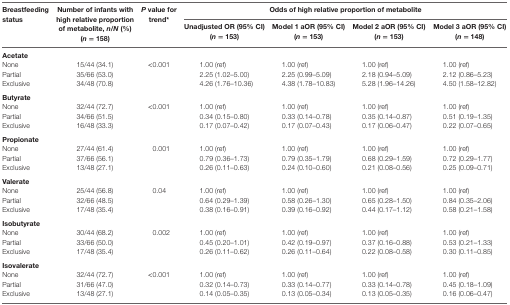
<table><thead><tr><td rowspan="2"><b>Breastfeeding status</b></td><td rowspan="2"><b>Number of infants with high relative proportion of metabolite, <i>n</i>/<i>N</i> (%) (<i>n</i> = 158)</b></td><td rowspan="2"><b><i>P</i> value for trend*</b></td><td colspan="4"><b>Odds of high relative proportion of metabolite</b></td></tr><tr><td><b>Unadjusted OR (95% CI) (<i>n</i> = 153)</b></td><td><b>Model 1 aOR (95% CI) (<i>n</i> = 153)</b></td><td><b>Model 2 aOR (95% CI) (<i>n</i> = 153)</b></td><td><b>Model 3 aOR (95% CI) (<i>n</i> = 148)</b></td></tr></thead><tbody><tr><td colspan="7"><b>Acetate</b></td></tr><tr><td>None</td><td>15/44 (34.1)</td><td>&lt;0.001</td><td>1.00 (ref)</td><td>1.00 (ref)</td><td>1.00 (ref)</td><td>1.00 (ref)</td></tr><tr><td>Partial</td><td>35/66 (53.0)</td><td></td><td>2.25 (1.02–5.00)</td><td>2.25 (0.99–5.09)</td><td>2.18 (0.94–5.09)</td><td>2.12 (0.86–5.23)</td></tr><tr><td>Exclusive</td><td>34/48 (70.8)</td><td></td><td>4.26 (1.76–10.36)</td><td>4.38 (1.78–10.83)</td><td>5.28 (1.96–14.26)</td><td>4.50 (1.58–12.82)</td></tr><tr><td colspan="7"><b>Butyrate</b></td></tr><tr><td>None</td><td>32/44 (72.7)</td><td>&lt;0.001</td><td>1.00 (ref)</td><td>1.00 (ref)</td><td>1.00 (ref)</td><td>1.00 (ref)</td></tr><tr><td>Partial</td><td>34/66 (51.5)</td><td></td><td>0.34 (0.15–0.80)</td><td>0.33 (0.14–0.78)</td><td>0.35 (0.14–0.87)</td><td>0.51 (0.19–1.35)</td></tr><tr><td>Exclusive</td><td>16/48 (33.3)</td><td></td><td>0.17 (0.07–0.42)</td><td>0.17 (0.07–0.43)</td><td>0.17 (0.06–0.47)</td><td>0.22 (0.07–0.65)</td></tr><tr><td colspan="7"><b>Propionate</b></td></tr><tr><td>None</td><td>27/44 (61.4)</td><td>0.001</td><td>1.00 (ref)</td><td>1.00 (ref)</td><td>1.00 (ref)</td><td>1.00 (ref)</td></tr><tr><td>Partial</td><td>37/66 (56.1)</td><td></td><td>0.79 (0.36–1.73)</td><td>0.79 (0.35–1.79)</td><td>0.68 (0.29–1.59)</td><td>0.72 (0.29–1.77)</td></tr><tr><td>Exclusive</td><td>13/48 (27.1)</td><td></td><td>0.26 (0.11–0.63)</td><td>0.24 (0.10–0.60)</td><td>0.21 (0.08–0.56)</td><td>0.25 (0.09–0.71)</td></tr><tr><td colspan="7"><b>Valerate</b></td></tr><tr><td>None</td><td>25/44 (56.8)</td><td>0.04</td><td>1.00 (ref)</td><td>1.00 (ref)</td><td>1.00 (ref)</td><td>1.00 (ref)</td></tr><tr><td>Partial</td><td>32/66 (48.5)</td><td></td><td>0.64 (0.29–1.39)</td><td>0.58 (0.26–1.30)</td><td>0.65 (0.28–1.50)</td><td>0.84 (0.35–2.06)</td></tr><tr><td>Exclusive</td><td>17/48 (35.4)</td><td></td><td>0.38 (0.16–0.91)</td><td>0.39 (0.16–0.92)</td><td>0.44 (0.17–1.12)</td><td>0.58 (0.21–1.58)</td></tr><tr><td colspan="7"><b>Isobutyrate</b></td></tr><tr><td>None</td><td>30/44 (68.2)</td><td>0.002</td><td>1.00 (ref)</td><td>1.00 (ref)</td><td>1.00 (ref)</td><td>1.00 (ref)</td></tr><tr><td>Partial</td><td>33/66 (50.0)</td><td></td><td>0.45 (0.20–1.01)</td><td>0.42 (0.19–0.97)</td><td>0.37 (0.16–0.88)</td><td>0.53 (0.21–1.33)</td></tr><tr><td>Exclusive</td><td>17/48 (35.4)</td><td></td><td>0.26 (0.11–0.62)</td><td>0.26 (0.11–0.64)</td><td>0.22 (0.08–0.58)</td><td>0.30 (0.11–0.85)</td></tr><tr><td colspan="7"><b>Isovalerate</b></td></tr><tr><td>None</td><td>32/44 (72.7)</td><td>&lt;0.001</td><td>1.00 (ref)</td><td>1.00 (ref)</td><td>1.00 (ref)</td><td>1.00 (ref)</td></tr><tr><td>Partial</td><td>31/66 (47.0)</td><td></td><td>0.32 (0.14–0.73)</td><td>0.33 (0.14–0.77)</td><td>0.33 (0.14–0.78)</td><td>0.45 (0.18–1.09)</td></tr><tr><td>Exclusive</td><td>13/48 (27.1)</td><td></td><td>0.14 (0.05–0.35)</td><td>0.13 (0.05–0.34)</td><td>0.13 (0.05–0.35)</td><td>0.16 (0.06–0.47)</td></tr></tbody></table>